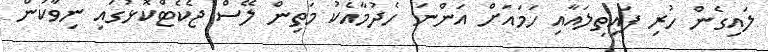
ލައިގެން ހުރި ފައިތިލައާއި ހަމައަށް އަންނަ ހެދުމާއެކު މަތިން ލޭސް ޖެކެޓްކޮޅުގައި ނިވާކަން